Scottish Leaving Certificate Examination, 1959
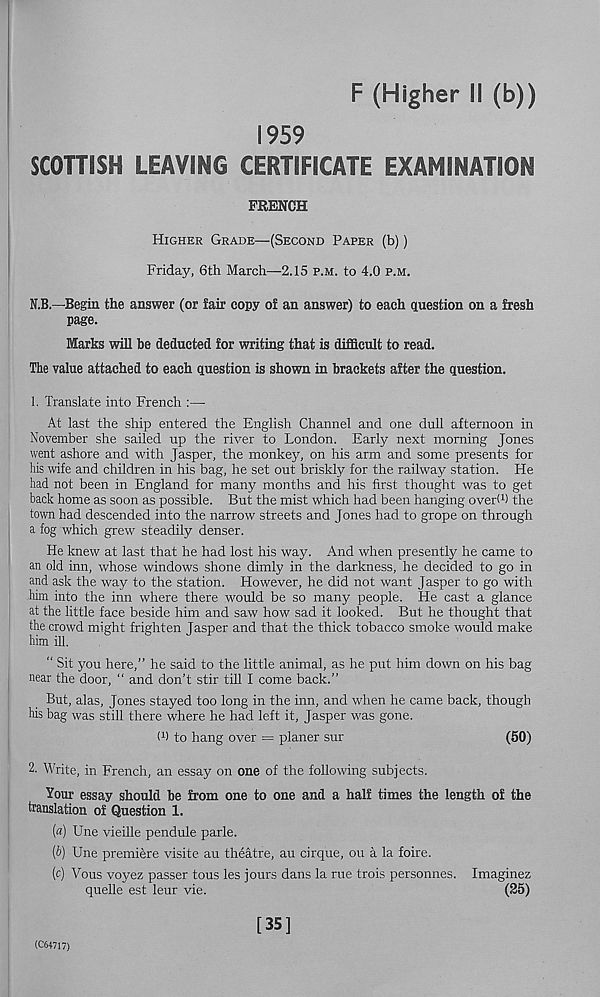
F (Higher II (b))
1959
SCOTTISH LEAVING CERTIFICATE EXAMINATION
FRENCH
Higher Grade—(Second Paper (b))
Friday, 6th March—2.15 p.m. to 4.0 p.m.
N.B.—Begin the answer (or fair copy of an answer) to each question on a fresh
page.
Marks will be deducted for writing that is difficult to read.
The value attached to each question is shown in brackets after the question.
1. Translate into French :—
At last the ship entered the English Channel and one dull afternoon in
November she sailed up the river to London. Early next morning Jones
went ashore and with Jasper, the monkey, on his arm and some presents for
his wife and children in his bag, he set out briskly for the railway station. He
had not been in England for many months and his first thought was to get
back home as soon as possible. But the mist which had been hanging overt 1 ) the
town had descended into the narrow streets and Jones had to grope on through
a fog which grew steadily denser.
He knew at last that he had lost his way. And when presently he came to
an old inn, whose windows shone dimly in the darkness, he decided to go in
and ask the way to the station. However, he did not want Jasper to go with
him into the inn where there would be so many people. He cast a glance
at the little face beside him and saw how sad it looked. But he thought that
the crowd might frighten Jasper and that the thick tobacco smoke would make
him ill.
“ Sit you here,” he said to the little animal, as he put him down on his bag
near the door, “ and don’t stir till I come back.”
But, alas, Jones stayed too long in the inn, and when he came back, though
his bag was still there where he had left it, Jasper was gone.
I 1 ) to hang over = planer sur
(50)
2. Write, in French, an essay on one of the following subjects.
Your essay should be from one to one and a half times the length of the
translation of Question 1.
(a) Une vieille pendule parle.
(b) Une premiere visite au theatre, au cirque, ou a la foire.
(c) Vous voyez passer tons les jours dans la rue trois personnes. Imaginez
quelle est leur vie.
(25)
(C64717)
[35]